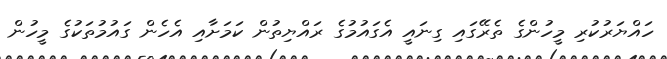
ހައްޔަރުކުރި މީހުންގެ ތެރޭގައި ގިނައީ އެގައުމުގެ ރައްޔިތުން ކަމަށާއި އެހެން ގައުމުތަކުގެ މީހުން